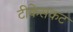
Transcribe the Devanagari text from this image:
टीकेसकट